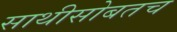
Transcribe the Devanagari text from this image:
साथीसोबतच